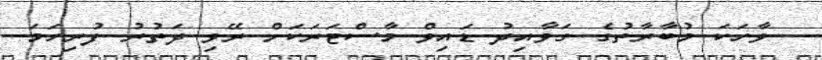
ވާހަކަ މުބާރާތުގެ ގަވާއިދު ޑައިވް މާސްޓަރަކަށް ރޭވި ދަތުރު ފުރިހަމަ